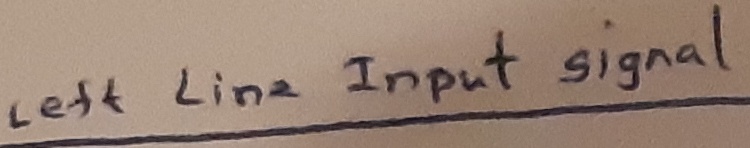
Text: Left line Input signal